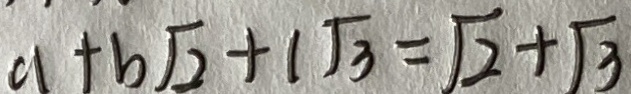
a + b \sqrt { 2 } + 1 \sqrt { 3 } = \sqrt { 2 } + \sqrt { 3 }